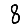
Digit: 8